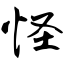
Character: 怪